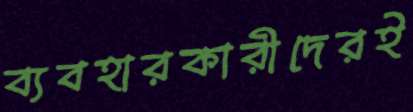
ব্যবহারকারীদেরই